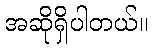
အဆိုရှိပါတယ်။